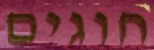
חוגים